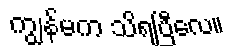
ကျွန်မက သိရပြီလေ။